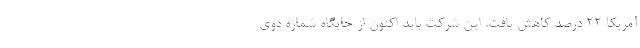
آمریکا ۲۲ درصد کاهش یافت. این شرکت باید اکنون از جایگاه شماره دوی